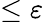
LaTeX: \le\varepsilon